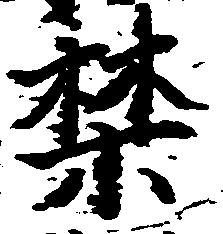
禁